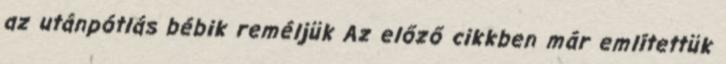
az utánpótlás bébik reméljük Az előző cikkben már említettük